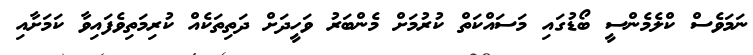
ނަމަވެސް ކްލެމެންސީ ބޯޑުގައި މަސައްކަތް ކުރުމަށް މެންބަރު ވަހީދަށް ދަތިތަކެއް ކުރިމަތިވެފައިވާ ކަމަށާއި